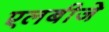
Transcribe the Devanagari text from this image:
एलबीजे